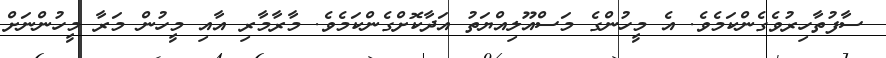
ސާފުތާހިރުވެގެންކަމެވެ. އެ މީހުންގެ މަސްއޫލިއްޔަތު އަދާކޮށްގެންކަމެވެ. މާރާމާރި އާއި މީހުން މަރާ މީހުންނަށް